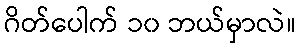
ဂိတ်ပေါက် ၁၀ ဘယ်မှာလဲ။